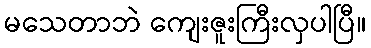
မသေတာဘဲ ကျေးဇူးကြီးလှပါပြီ။